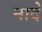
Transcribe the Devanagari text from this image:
नादे